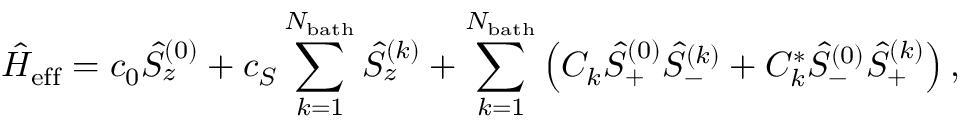
\hat { H } _ { \mathrm { e f f } } = c _ { 0 } \hat { S } _ { z } ^ { ( 0 ) } + c _ { S } \sum _ { k = 1 } ^ { N _ { \mathrm { b a t h } } } \hat { S } _ { z } ^ { ( k ) } + \sum _ { k = 1 } ^ { N _ { \mathrm { b a t h } } } \left( C _ { k } \hat { S } _ { + } ^ { ( 0 ) } \hat { S } _ { - } ^ { ( k ) } + C _ { k } ^ { * } \hat { S } _ { - } ^ { ( 0 ) } \hat { S } _ { + } ^ { ( k ) } \right) ,